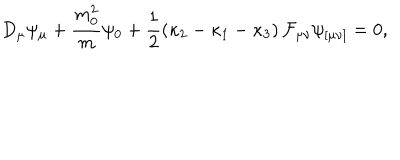
LaTeX: D _ { \mu } \psi _ { \mu } + \frac { m _ { 0 } ^ { 2 } } { m } \psi _ { 0 } + \frac { 1 } { 2 } \left( \kappa _ { 2 } - \kappa _ { 1 } - \kappa _ { 3 } \right) { \cal F } _ { \mu \nu } \psi _ { [ \mu \nu ] } = 0 ,